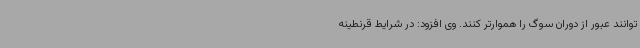
توانند عبور از دوران سوگ را هموارتر کنند. وی افزود: در شرایط قرنطینه